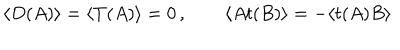
\langle D ( A ) \rangle = \langle T ( A ) \rangle = 0 \, , \qquad \langle A t ( B ) \rangle = - \langle t ( A ) B \rangle